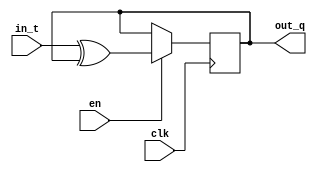
module T_trigger(clk,in_t,en,out_q);
	input clk;
	input in_t;
	input en;
	output reg out_q;
	
	always @(posedge clk)
		if(en)
			out_q<=in_t^out_q;
		else
			out_q<=out_q;
endmodule